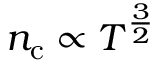
n _ { \mathrm { c } } \propto T ^ { \frac { 3 } { 2 } }